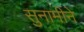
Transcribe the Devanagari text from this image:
सुनामीने